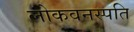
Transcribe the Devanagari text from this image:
लोकवनस्पति